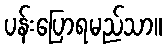
ပန်းပြောရမည်သာ။